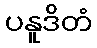
ပနူဒိတံ